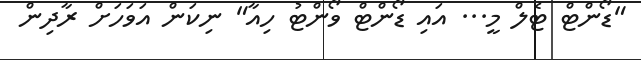
"ޑޯންޓް ޓެލް މީ... އައި ޑޯންޓް ވޯންޓު ހިއާ" ނިކަން އަވަހަށް ރާދިން